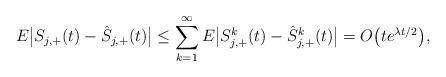
LaTeX: \begin{align*} E\big|S_{j,+}(t)-\hat{S}_{j,+}(t)\big| &\leq \sum_{k=1}^\infty E\big|S^k_{j,+}(t)-\hat{S}^k_{j,+}(t)\big| = O\big(te^{\lambda t/2}\big),\end{align*}